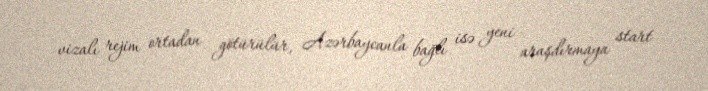
vizalı rejim ortadan götürülür, Azərbaycanla bağlı isə yeni araşdırmaya start